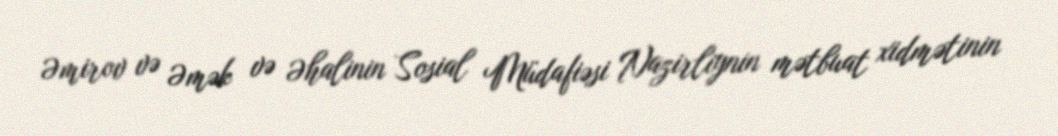
Əmirov və Əmək və Əhalinin Sosial Müdafiəsi Nazirliynin mətbuat xidmətinin